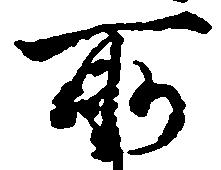
所